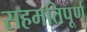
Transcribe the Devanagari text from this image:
सहमतिपूर्ण